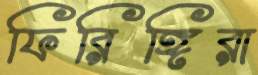
ফিরিঙ্গিরা